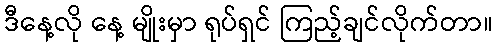
ဒီနေ့လို နေ့ မျိုးမှာ ရုပ်ရှင် ကြည့်ချင်လိုက်တာ။